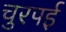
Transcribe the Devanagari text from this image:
चुरपई